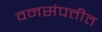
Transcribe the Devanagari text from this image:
वनसंपत्तीत